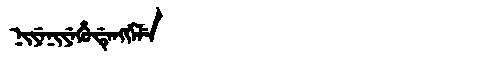
Manchu: ᠨᡳᠶᡝᠨᡳᠶᡝᡥᡠᡩᡝᠩᡤᡝᠯᡝ
Romanization: NIYENIYEHUDENGGELE